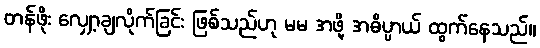
တန်ဖိုး လျှော့ချလိုက်ခြင်း ဖြစ်သည်ဟု မမ အဖို့ အဓိပ္ပာယ် ထွက်နေသည်။